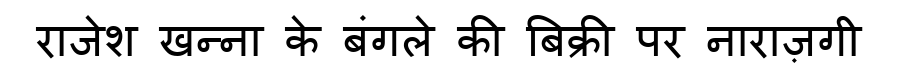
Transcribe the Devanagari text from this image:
राजेश खन्ना के बंगले की बिक्री पर नाराज़गी